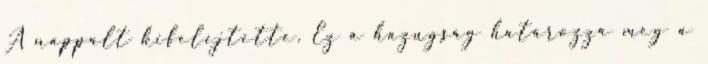
A nappalt kifelejtette. Ez a hazugság határozza meg a